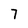
Character: 7